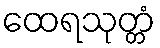
ထေရသုတ္တံ